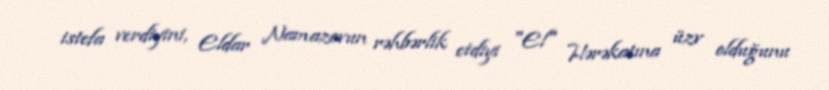
istefa verdiyini, Eldar Namazovun rəhbərlik etdiyi "El" Hərəkatına üzv olduğunu